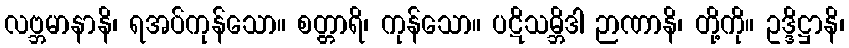
လဗ္ဘမာနာနိ၊ ရအပ်ကုန်သော။ စတ္တာရိ၊ ကုန်သော။ ပဋိသမ္ဘိဒါ ဉာဏာနိ၊ တို့ကို။ ဥဒ္ဒိဋ္ဌာနိ၊